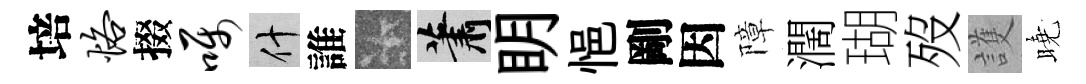
培恪掇嘱什誰卡蕭眀悒剛因障濶瑚歿護曉